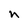
Character: n